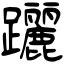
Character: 躧